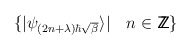
\begin{align*}\{ \vert \psi_{(2n+\lambda)\hbar\sqrt{\beta}} \rangle \vert \quad n \in {\:\mbox{\sf Z} \hspace{-0.82em} \mbox{\sf Z}\,} \}\end{align*}